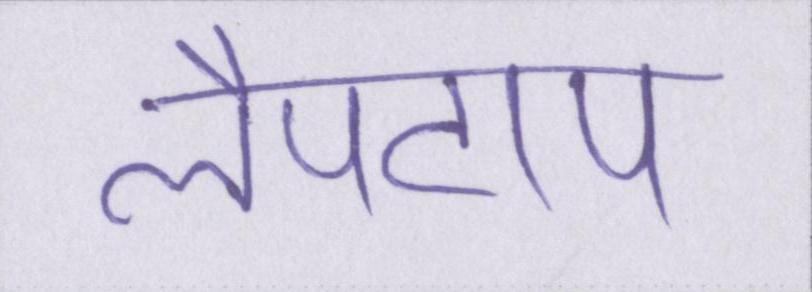
लैपटाप